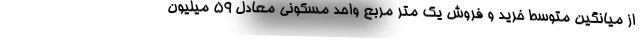
از میانگین متوسط خرید و فروش یک متر مربع واحد مسکونی معادل ۵۹ میلیون